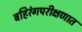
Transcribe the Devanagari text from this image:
बहिरंगपरीक्षणात